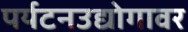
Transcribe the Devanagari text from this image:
पर्यटनउद्योगावर